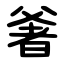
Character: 㸙